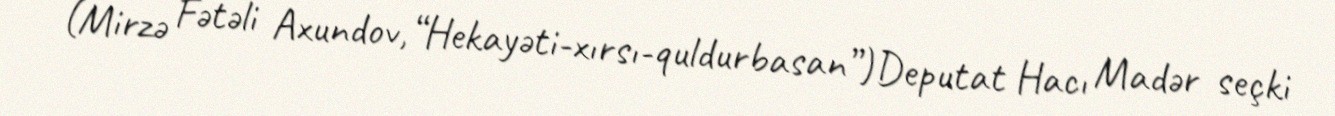
(Mirzə Fətəli Axundov, “Hekayəti-xırsı-quldurbasan”)Deputat Hacı Madər seçki